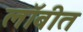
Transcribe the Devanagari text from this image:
लॉबीत